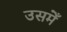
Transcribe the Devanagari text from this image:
उसमेँ